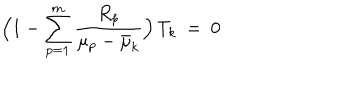
\Bigl ( 1 - \sum _ { p = 1 } ^ { m } \frac { R _ { p } } { \mu _ { p } - \bar { \mu } _ { k } } \Bigr ) \, T _ { k } \ = \ 0